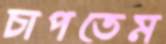
চাপতেম